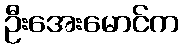
ဦးအေးမောင်က